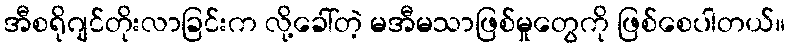
အီစရိုဂျင်တိုးလာခြင်းက လို့ခေါ်တဲ့ မအီမသာဖြစ်မှုတွေကို ဖြစ်စေပါတယ်။